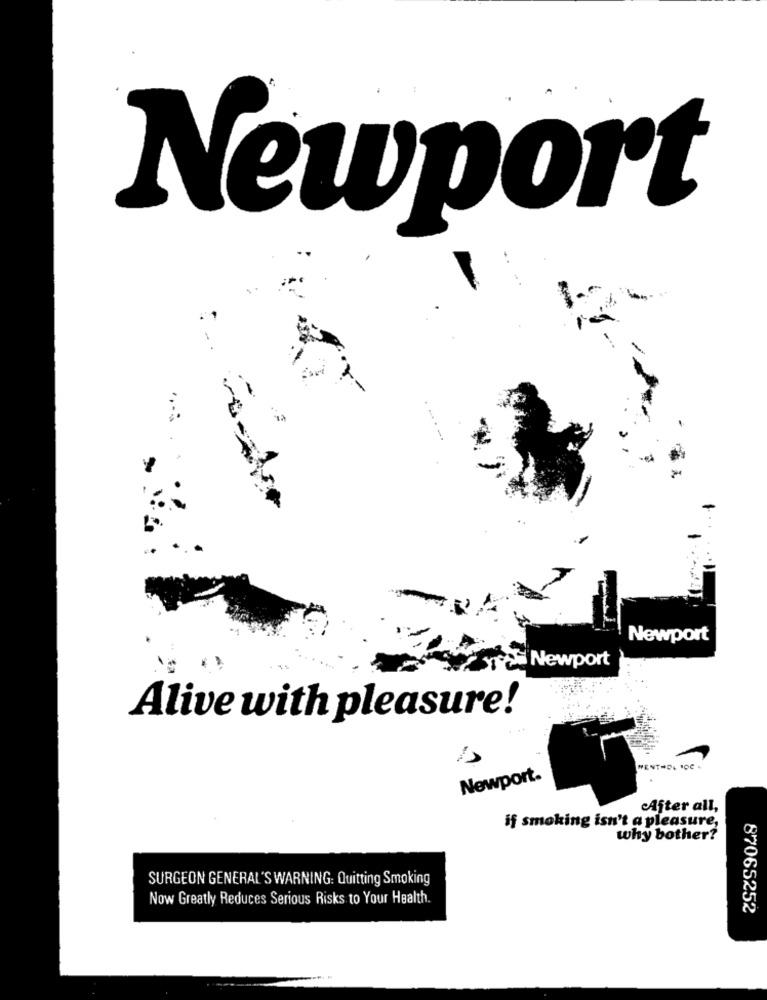
Newport
Newport
Newport
Alive with pleasure!
WENTHDL HOC -
Newport.
After all,
if smoking isn't a pleasure,
why bother?
SURGEON GENERAL'S WARNING: Quitting Smoking
Now Greatly Reduces Serious Risks to Your Health.
87065252